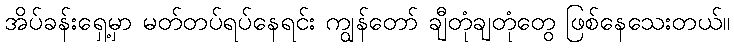
အိပ်ခန်းရှေ့မှာ မတ်တပ်ရပ်နေရင်း ကျွန်တော် ချီတုံချတုံတွေ ဖြစ်နေသေးတယ်။